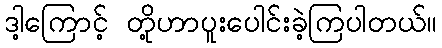
ဒါ့ကြောင့် တို့ဟာပူးပေါင်းခဲ့ကြပါတယ်။